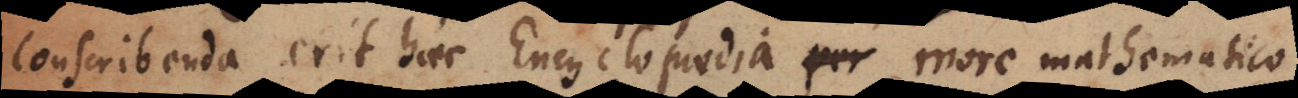
conscribenda erit haec Encyclopaedia per more mathematico